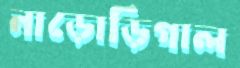
নাড়োড়িগাল